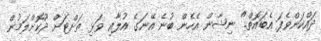
ދައްކަންވެފަ އެބައޮތް." ނިޝާން އެހެން ބުނެ އޭނަގެ އުލާއި ވަޅި ތަށްޓަށް ދޫކޮށްލަމުން